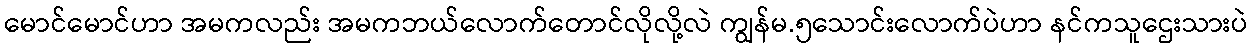
မောင်မောင်ဟာ အမကလည်း အမကဘယ်လောက်တောင်လိုလို့လဲ ကျွန်မ.၅သောင်းလောက်ပဲဟာ နင်ကသူဌေးသားပဲ